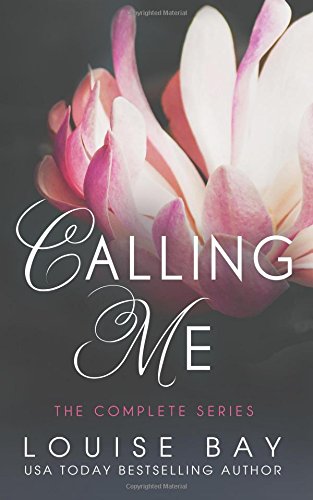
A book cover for Calling Me: The Complete Series; Louise Bay; Romance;